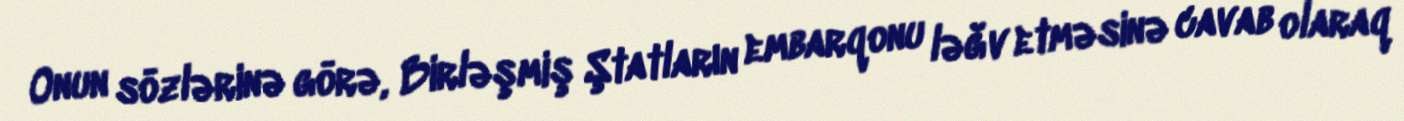
Onun sözlərinə görə, Birləşmiş Ştatların embarqonu ləğv etməsinə cavab olaraq